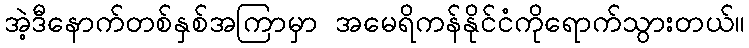
အဲ့ဒီနောက်တစ်နှစ်အကြာမှာ အမေရိကန်နိုင်ငံကိုရောက်သွားတယ်။